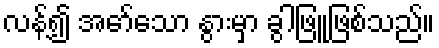
လန့်၍ အော်သော နွားမှာ ခွါဖြူဖြစ်သည်။